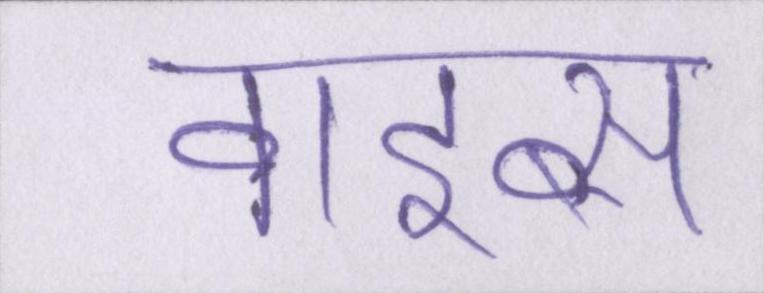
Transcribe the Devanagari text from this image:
वाइब्स